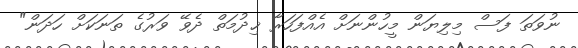
ނުވަތަ ފަސް މިލިޔަން މީހުންނަށް އެއްފަހަރާ ޚިދުމަތް ދެވޭ ވަރުގެ ތަނަކަށް ހަދަން"